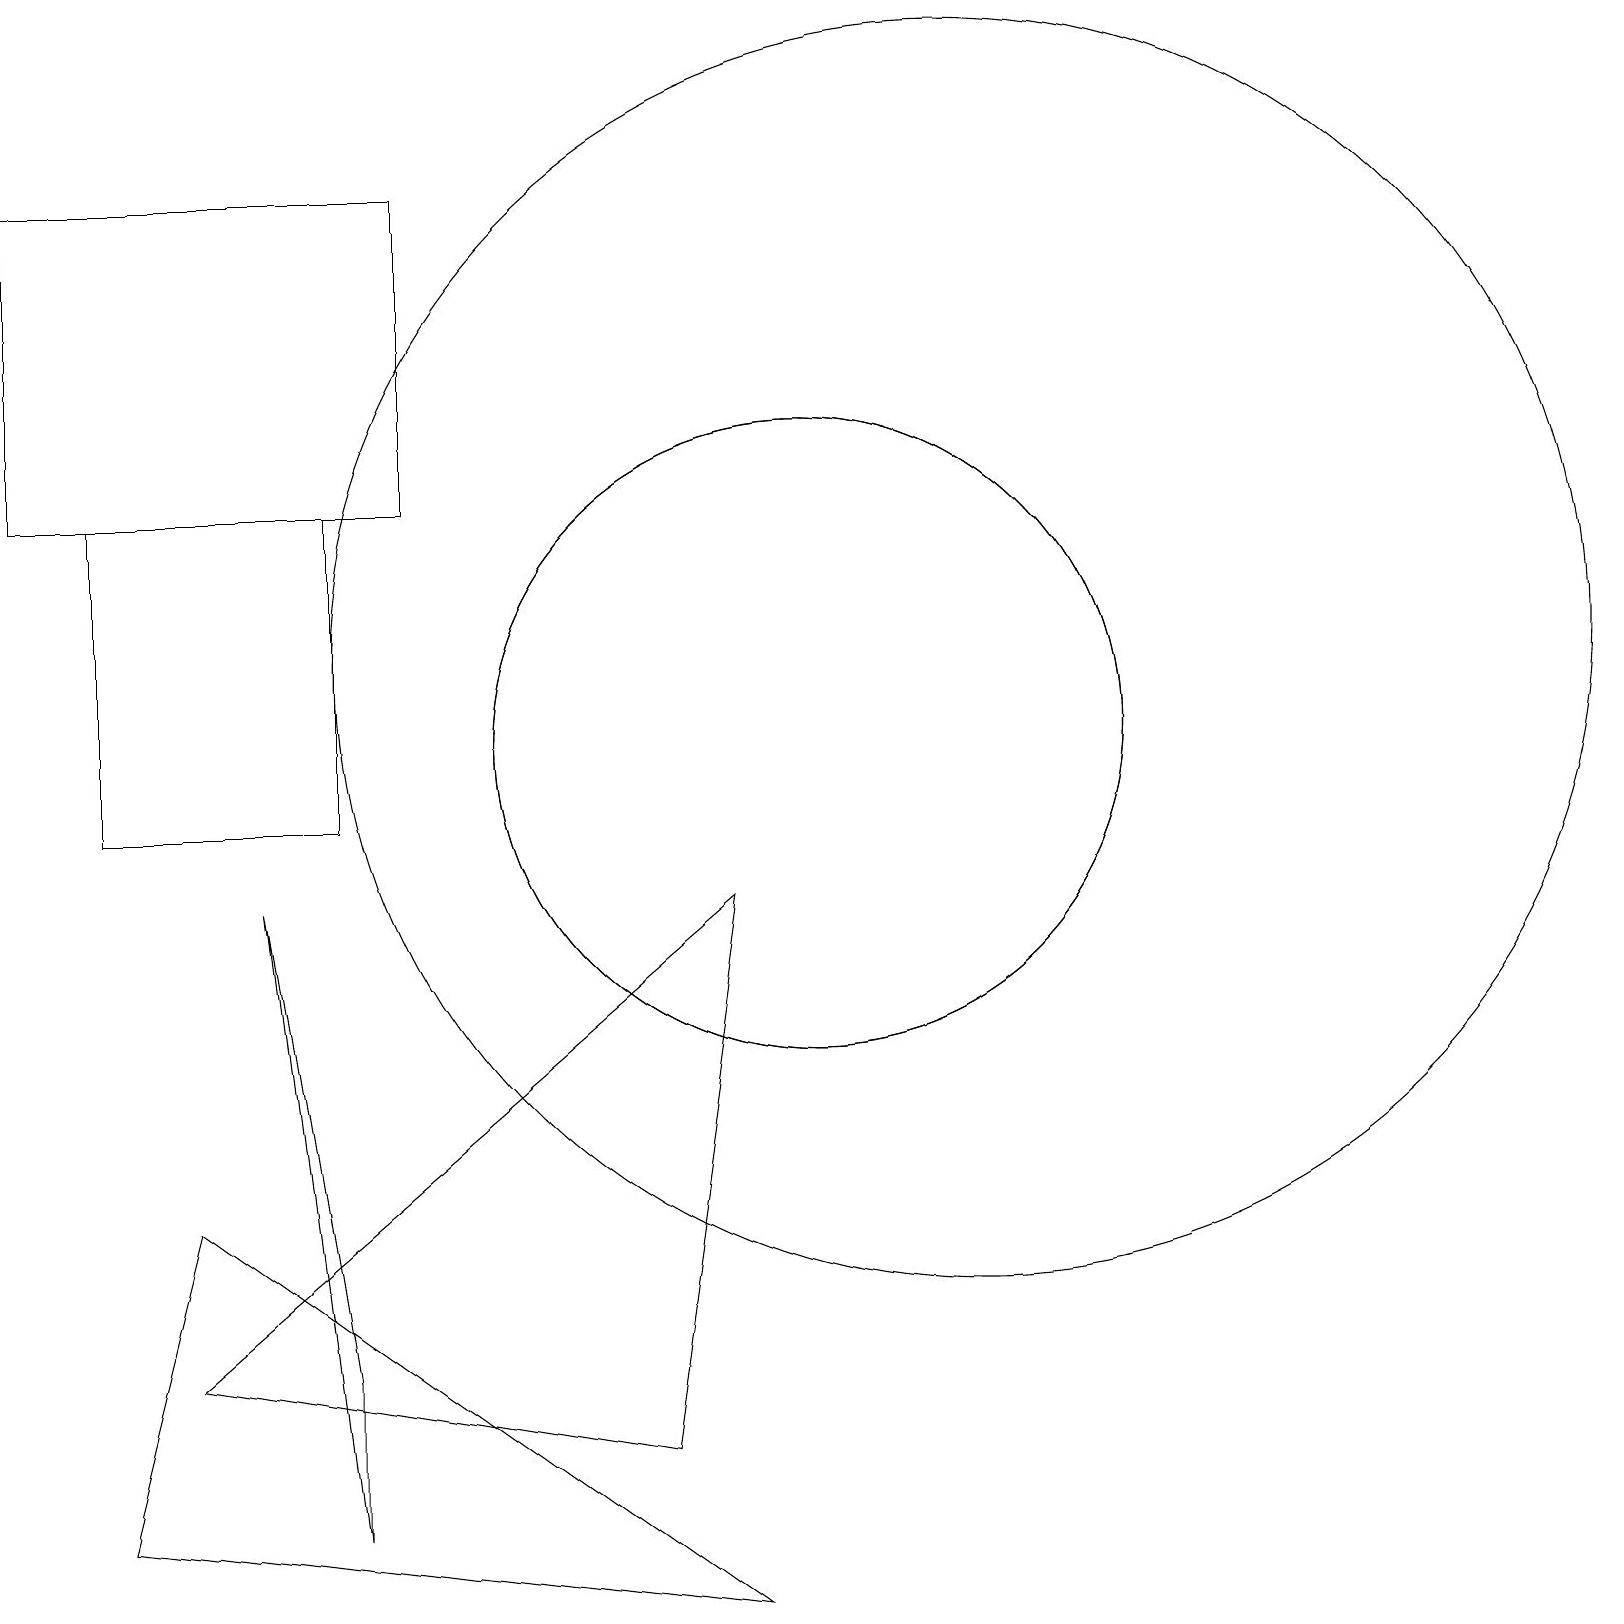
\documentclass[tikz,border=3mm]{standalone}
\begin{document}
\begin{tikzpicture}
\draw (1,10) rectangle (4,14);
\draw (5,14) rectangle (0,18);
\draw (12,12) circle (8);
\draw (2,5) -- (1,1) -- (9,0) -- cycle;
\draw (10,11) circle (4);
\draw (2,3) -- (9,9) -- (8,2) -- cycle;
\draw (10,11) circle (4);
\draw (4,1) -- (3,9) -- (4,3) -- cycle;
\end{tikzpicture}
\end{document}